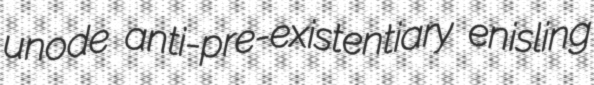
unode anti-pre-existentiary enisling